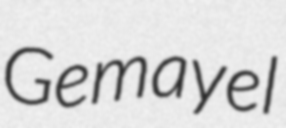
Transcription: Gemayel